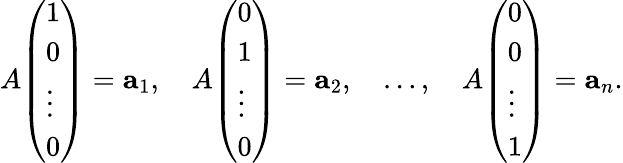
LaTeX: A{\left(\begin{array}{l}{1}\\ {0}\\ {\vdots}\\ {0}\end{array}\right)}=\mathbf{a}_{1},\quad A{\left(\begin{array}{l}{0}\\ {1}\\ {\vdots}\\ {0}\end{array}\right)}=\mathbf{a}_{2},\quad\ldots,\quad A{\left(\begin{array}{l}{0}\\ {0}\\ {\vdots}\\ {1}\end{array}\right)}=\mathbf{a}_{n}.